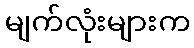
မျက်လုံးများက